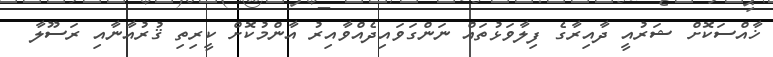
ޚާއްސަކޮށް ޝަރުއީ ދާއިރާގެ ފިލާވަޅުތައް ނަންގަވައިދެއްވާއިރު އާންމުކޮށް ކީރިތި ޤުރުއާނާއި ރަސޫލާ